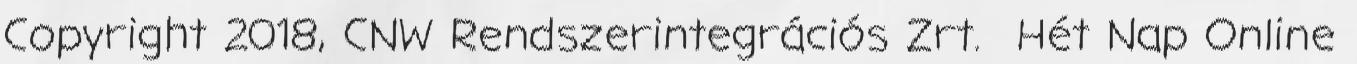
Copyright 2018, CNW Rendszerintegrációs Zrt. Hét Nap Online